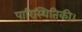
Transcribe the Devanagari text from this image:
पारिस्थितिकी।